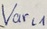
Text: Varl1